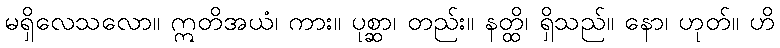
မရှိလေသလော။ ဣတိအယံ၊ ကား။ ပုစ္ဆာ၊ တည်း။ နတ္ထိ၊ ရှိသည်။ နော၊ ဟုတ်။ ဟိ